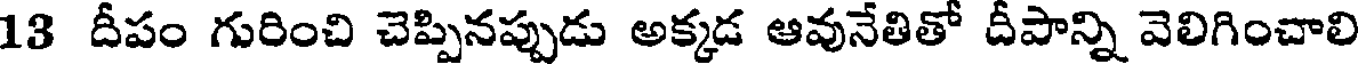
13 దీపం గురించి చెప్పినప్పుడు అక్కడ ఆవునేతితో దీపాన్ని వెలిగించాలి